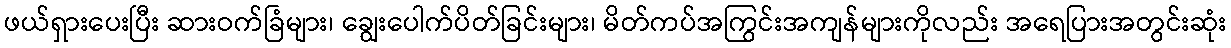
ဖယ်ရှားပေးပြီး ဆားဝက်ခြံများ၊ ချွေးပေါက်ပိတ်ခြင်းများ၊ မိတ်ကပ်အကြွင်းအကျန်များကိုလည်း အရေပြားအတွင်းဆုံး